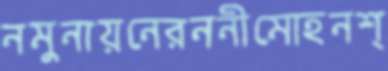
নমুনায়নেরননীমোহনশ্